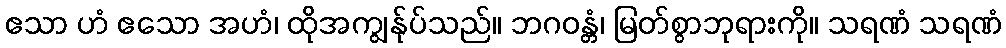
ဧသာ ဟံ ဧသော အဟံ၊ ထိုအကျွန်ုပ်သည်။ ဘဂဝန္တံ၊ မြတ်စွာဘုရားကို။ သရဏံ သရဏံ